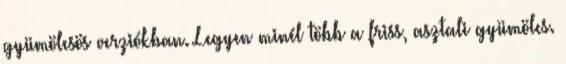
gyümölcsös verziókban. Legyen minél több a friss, asztali gyümölcs.